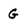
Character: G